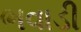
ભવાડી